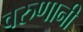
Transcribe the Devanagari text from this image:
वरुणानी